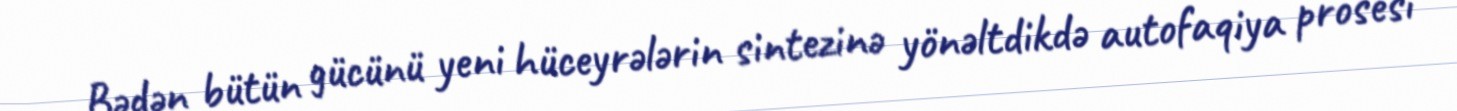
Bədən bütün gücünü yeni hüceyrələrin sintezinə yönəltdikdə autofaqiya prosesi